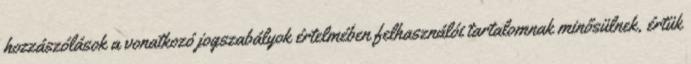
hozzászólások a vonatkozó jogszabályok értelmében felhasználói tartalomnak minősülnek, értük